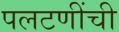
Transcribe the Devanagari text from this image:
पलटणींची